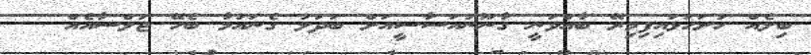
ބިލެއް ހުށަހަޅައިފިމިރޭ ބާއްވަނީ ގާނޫނުއަސާސީއަށް ބަދަލު ގެނައުމާ ބެހޭ ޖަލްސާއެއް